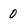
Character: 0